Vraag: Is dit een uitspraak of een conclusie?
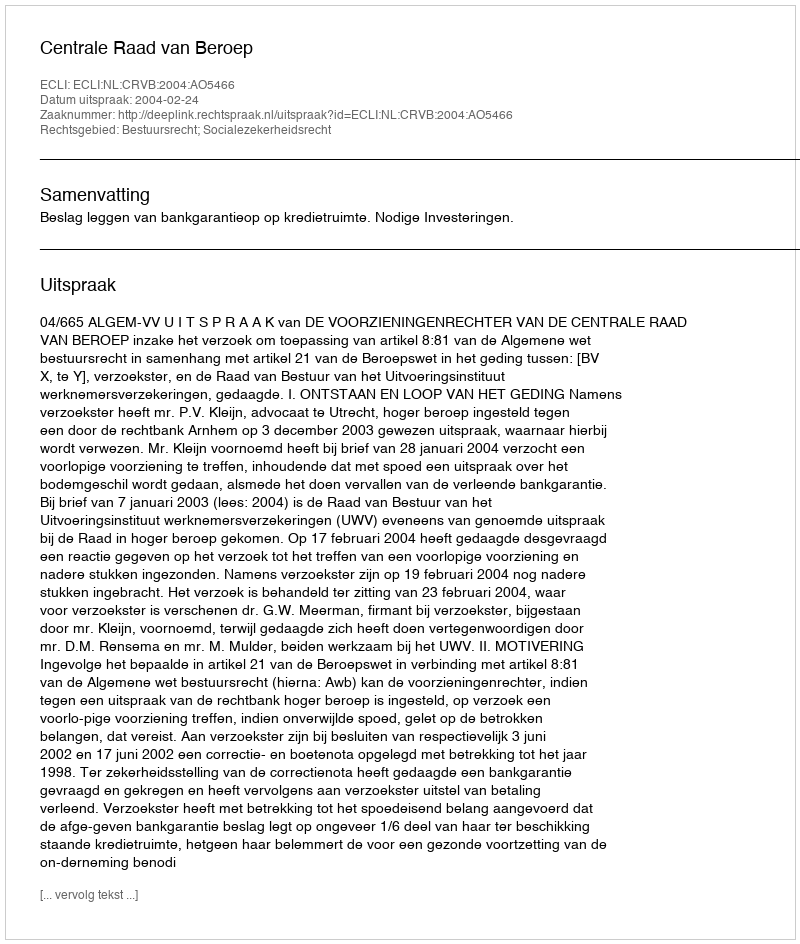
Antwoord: Uitspraak